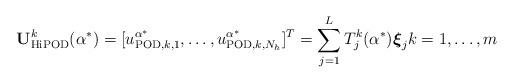
LaTeX: \begin{align*}{\bf U}_{{\rm HiPOD}}^k(\alpha^*) = [u_{{\rm POD}, k, 1}^{\alpha^*}, \ldots, u_{{\rm POD}, k, N_h}^{\alpha^*}]^T=\displaystyle \sum_{j=1}^{L} T_j^k(\alpha^*) {\boldsymbol \xi}_j k=1, \ldots, m\end{align*}